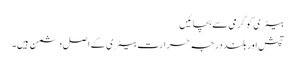
بیٹری کو گرمی سے بچائیں
تپش اور بلند درجہ حرارت بیٹری کے اصل دشمن ہیں۔